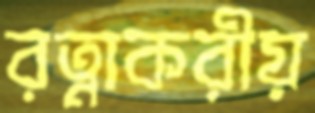
রত্নাকরীয়